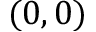
( 0 , 0 )